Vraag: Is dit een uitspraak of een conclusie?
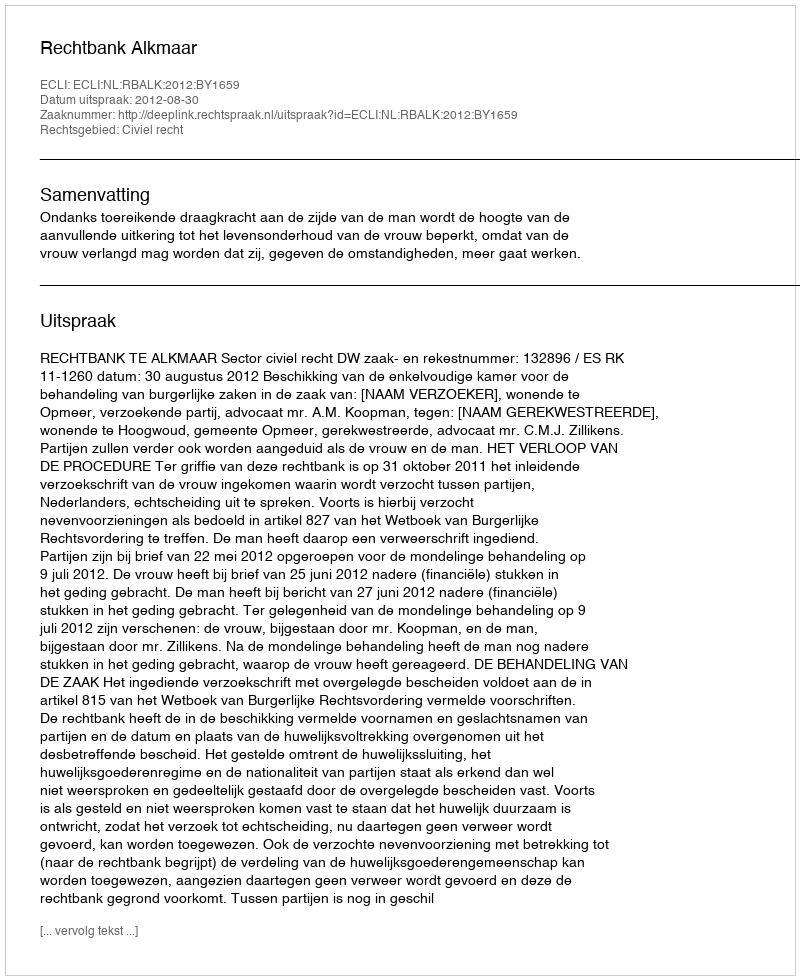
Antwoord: Uitspraak